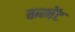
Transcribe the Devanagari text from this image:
कन्वेंट